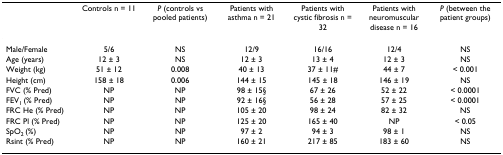
<table><thead><tr><td></td><td><b>Controls n = 11</b></td><td><b><i>P </i>(controls vs pooled patients)</b></td><td><b>Patients with asthma n = 21</b></td><td><b>Patients with cystic fibrosis n = 32</b></td><td><b>Patients with neuromuscular disease n = 16</b></td><td><b><i>P </i>(between the patient groups)</b></td></tr></thead><tbody><tr><td>Male/Female</td><td>5/6</td><td>NS</td><td>12/9</td><td>16/16</td><td>12/4</td><td>NS</td></tr><tr><td>Age (years)</td><td>12 ± 3</td><td>NS</td><td>12 ± 3</td><td>13 ± 4</td><td>12 ± 3</td><td>NS</td></tr><tr><td>Weight (kg)</td><td>51 ± 12</td><td>0.008</td><td>40 ± 13</td><td>37 ± 11#</td><td>44 ± 7</td><td>&lt; 0.001</td></tr><tr><td>Height (cm)</td><td>158 ± 18</td><td>0.006</td><td>144 ± 15</td><td>145 ± 18</td><td>146 ± 19</td><td>NS</td></tr><tr><td>FVC (% Pred)</td><td>NP</td><td>NP</td><td>98 ± 15§</td><td>67 ± 26</td><td>52 ± 22</td><td>&lt; 0.0001</td></tr><tr><td>FEV<sub>1 </sub>(% Pred)</td><td>NP</td><td>NP</td><td>92 ± 16§</td><td>56 ± 28</td><td>57 ± 25</td><td>&lt; 0.0001</td></tr><tr><td>FRC He (% Pred)</td><td>NP</td><td>NP</td><td>105 ± 20</td><td>98 ± 24</td><td>82 ± 32</td><td>NS</td></tr><tr><td>FRC Pl (% Pred)</td><td>NP</td><td>NP</td><td>125 ± 20</td><td>165 ± 40</td><td>NP</td><td>&lt; 0.05</td></tr><tr><td>SpO<sub>2 </sub>(%)</td><td>NP</td><td>NP</td><td>97 ± 2</td><td>94 ± 3</td><td>98 ± 1</td><td>NS</td></tr><tr><td>Rsint (% Pred)</td><td>NP</td><td>NP</td><td>160 ± 21</td><td>217 ± 85</td><td>183 ± 60</td><td>NS</td></tr></tbody></table>